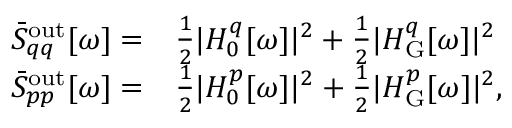
\begin{array} { r l } { \bar { S } _ { q q } ^ { \mathrm { o u t } } [ \omega ] = } & { \frac { 1 } { 2 } | H _ { 0 } ^ { q } [ \omega ] | ^ { 2 } + \frac { 1 } { 2 } | H _ { \mathrm { G } } ^ { q } [ \omega ] | ^ { 2 } } \\ { \bar { S } _ { p p } ^ { \mathrm { o u t } } [ \omega ] = } & { \frac { 1 } { 2 } | H _ { 0 } ^ { p } [ \omega ] | ^ { 2 } + \frac { 1 } { 2 } | H _ { \mathrm { G } } ^ { p } [ \omega ] | ^ { 2 } , } \end{array}